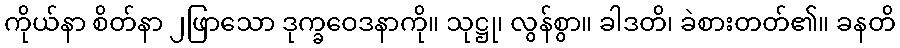
ကိုယ်နာ စိတ်နာ ၂ဖြာသော ဒုက္ခဝေဒနာကို။ သုဋ္ဌု၊ လွန်စွာ။ ခါဒတိ၊ ခဲစားတတ်၏။ ခနတိ